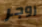
روجر